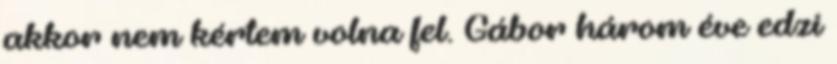
akkor nem kértem volna fel. Gábor három éve edzi